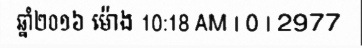
ឆ្នាំ២០១៦ ម៉ោង 10:18 AM | 0 | 2977